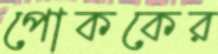
পোককের